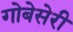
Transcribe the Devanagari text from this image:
गोबेसेरी